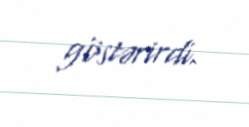
göstərirdi.